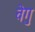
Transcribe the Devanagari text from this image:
वेगु